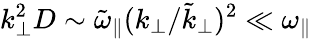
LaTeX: k_{\perp}^{2}D\sim\tilde{\omega}_{\parallel}(k_{\perp}/\tilde{k}_{\perp})^{2}\ll\omega_{\parallel}